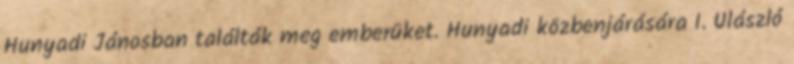
Hunyadi Jánosban találták meg emberüket. Hunyadi közbenjárására I. Ulászló